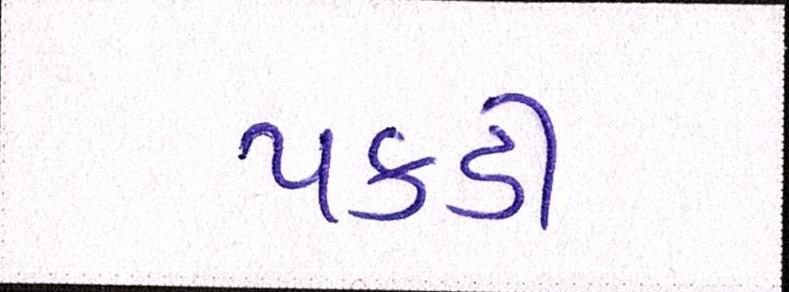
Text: પકડી